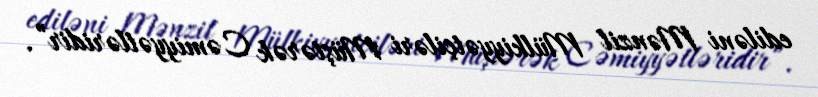
ediləni Mənzil Mülkiyyətçiləri Müştərək Cəmiyyətləridir”.